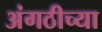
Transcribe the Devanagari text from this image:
अंगठीच्या